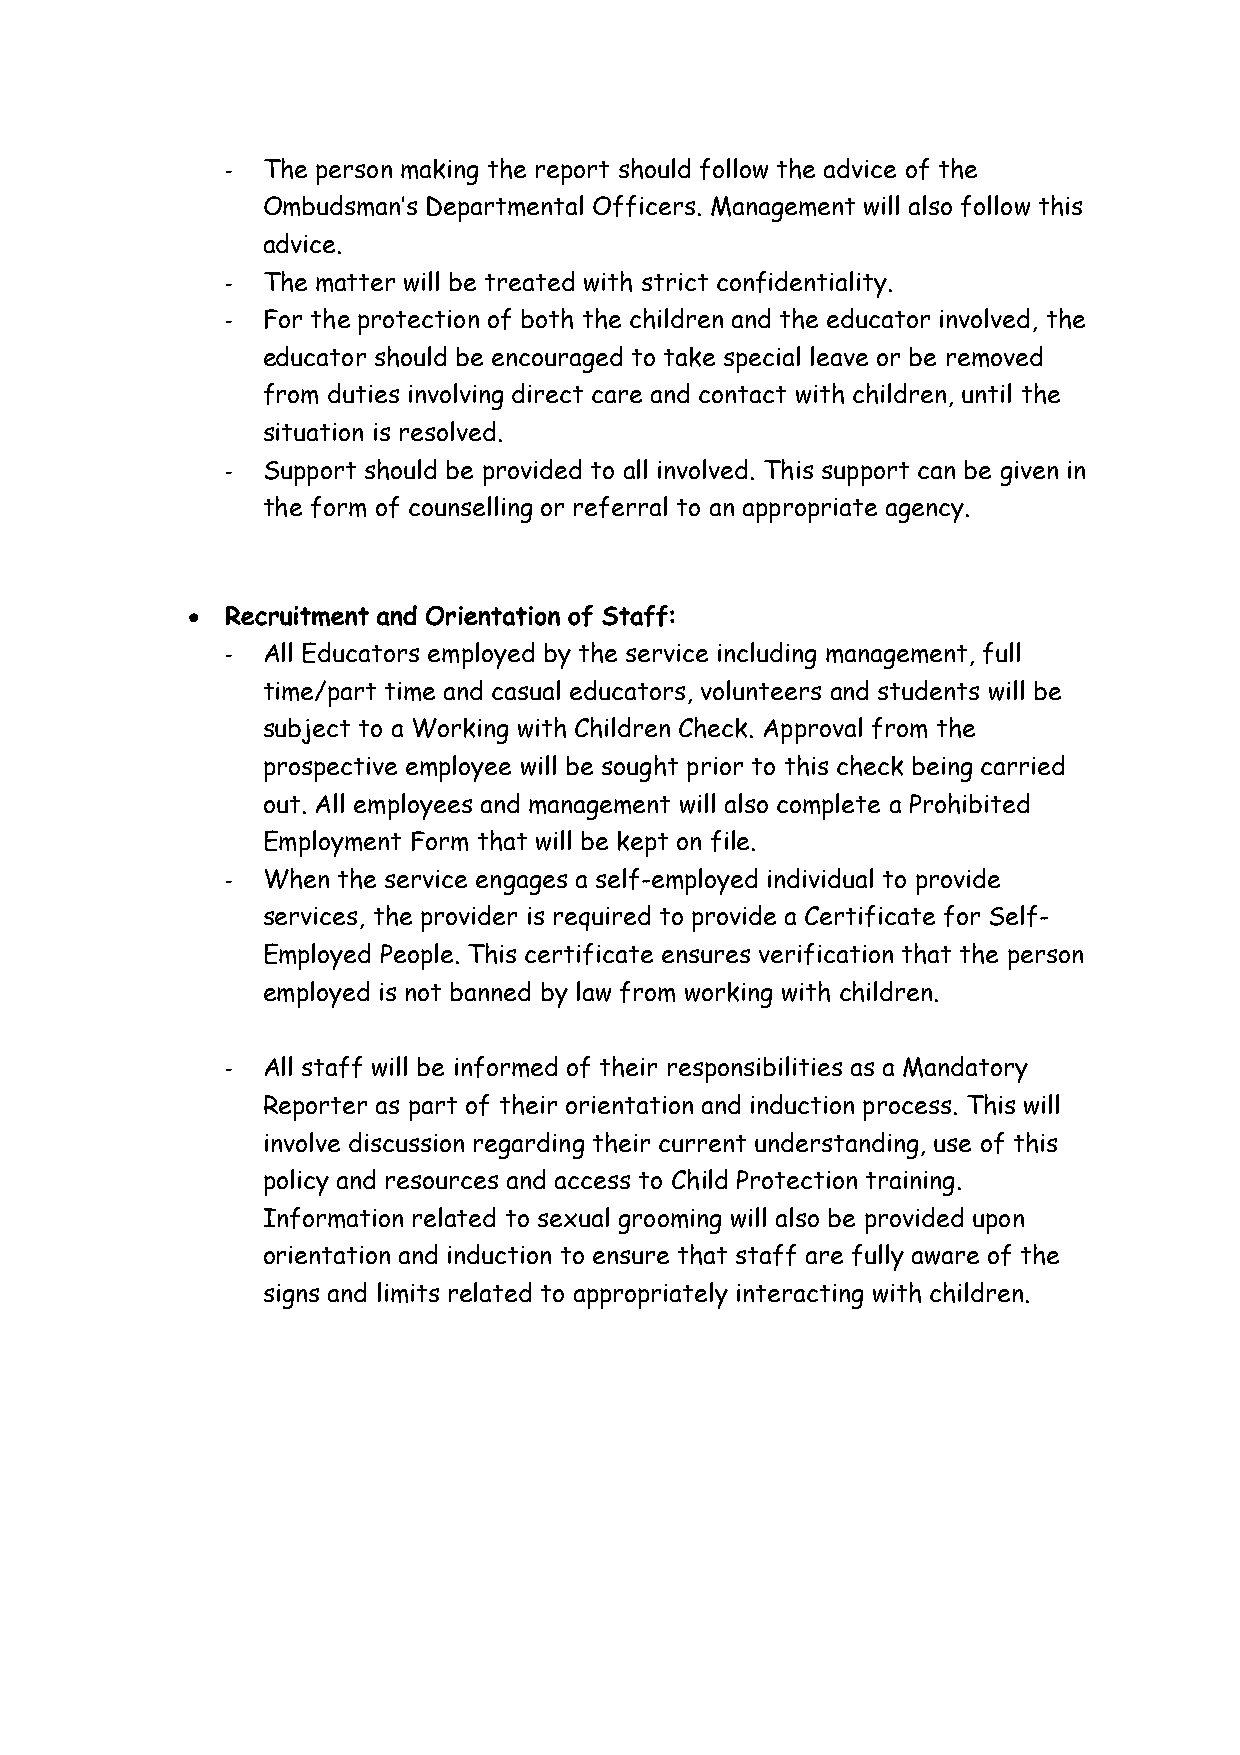
- The person making the report should follow the advice of the
 Ombudsman’s Departmental Officers. Management will also follow this
 advice.
 - The matter will be treated with strict confidentiality.
 - For the protection of both the children and the educator involved, the
 educator should be encouraged to take special leave or be removed
 from duties involving direct care and contact with children, until the
 situation is resolved.
 - Support should be provided to all involved. This support can be given in
 the form of counselling or referral to an appropriate agency.
 •  Recruitment and Orientation of Staff:
 - All Educators employed by the service including management, full
 time/part time and casual educators, volunteers and students will be
 subject to a Working with Children Check. Approval from the
 prospective employee will be sought prior to this check being carried
 out. All employees and management will also complete a Prohibited
 Employment Form that will be kept on file.
 - When the service engages a self-employed individual to provide
 services, the provider is required to provide a Certificate for Self-
 Employed People. This certificate ensures verification that the person
 employed is not banned by law from working with children.
 - All staff will be informed of their responsibilities as a Mandatory
 Reporter as part of their orientation and induction process. This will
 involve discussion regarding their current understanding, use of this
 policy and resources and access to Child Protection training.
 Information related to sexual grooming will also be provided upon
 orientation and induction to ensure that staff are fully aware of the
 signs and limits related to appropriately interacting with children.